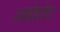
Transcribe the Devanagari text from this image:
अर्थशोध